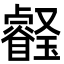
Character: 𤫀